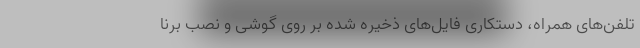
تلفن‌های همراه، دستکاری فایل‌های ذخیره شده بر روی گوشی و نصب برنا